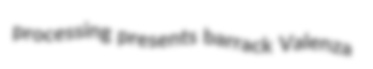
processing presents barrack Valenza